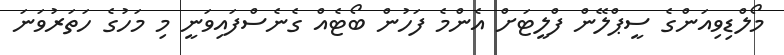
މޯލްޑިވިއަންގެ ސީޕްލޭން ފްލީޓަށް އެންމެ ފަހުން ބޯޓެއް ގެނެސްފައިވަނީ މި މަހުގެ ހަތަރުވަނަ